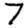
Digit: 7